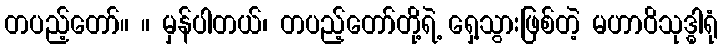
တပည့်တော်။ ။ မှန်ပါတယ်၊ တပည့်တော်တို့ရဲ့ ရှေ့သွားဖြစ်တဲ့ မဟာဝိသုဒ္ဓါရုံ